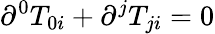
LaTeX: \partial^{0}T_{0i}+\partial^{j}T_{ji}=0